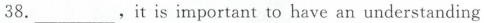
38._________，it is important to have an understanding